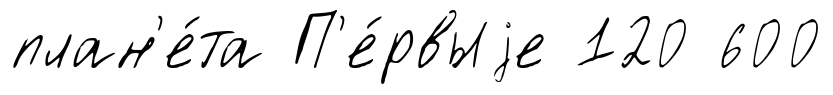
план'е́та П'е́рвыjе 120 600